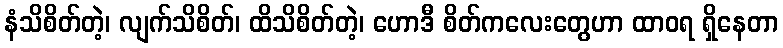
နံသိစိတ်တဲ့၊ လျက်သိစိတ်၊ ထိသိစိတ်တဲ့၊ ဟောဒီ စိတ်ကလေးတွေဟာ ထာဝရ ရှိနေတာ